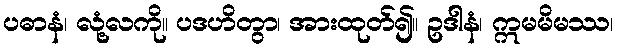
ပဓာနံ၊ လုံ့လကို။ ပဒဟိတွာ၊ အားထုတ်၍။ ဥဒါနံ၊ ဣမမိမဿ၊